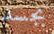
بجسد